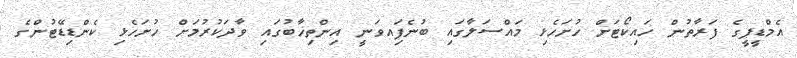
އެމްޑީޕީގެ ފަރާތުން ހައިކޯޓަށް ހުށަހެޅި މައްސަލާގައި ބުނެފަިއވަނީ އިންތިޚާބުގައި ވާދަކުރުމަށް ހުށަހެޅި ކެންޑިޑޭޓުންގެ